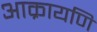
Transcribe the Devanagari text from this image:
आक्रायणि